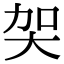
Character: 㚙